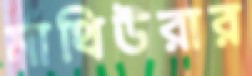
মাথিউরার